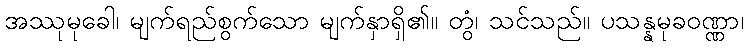
အဿုမုခေါ၊ မျက်ရည်စွက်သော မျက်နှာရှိ၏။ တွံ၊ သင်သည်။ ပသန္နမုခဝဏ္ဏာ၊